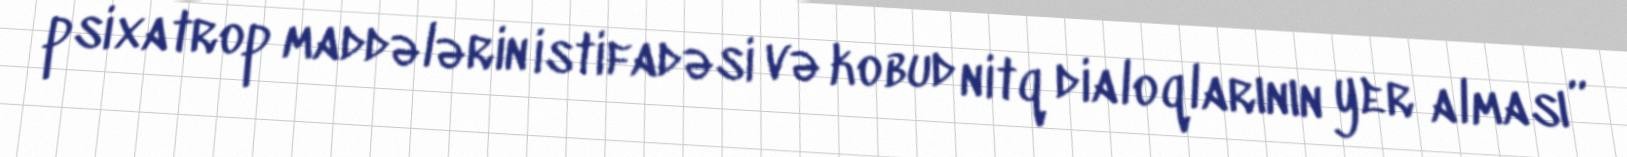
psixatrop maddələrin istifadəsi və kobud nitq dialoqlarının yer alması”